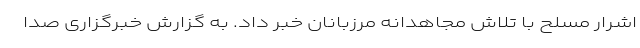
اشرار مسلح با تلاش مجاهدانه مرزبانان خبر داد. به گزارش خبرگزاری صدا